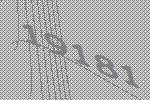
19181